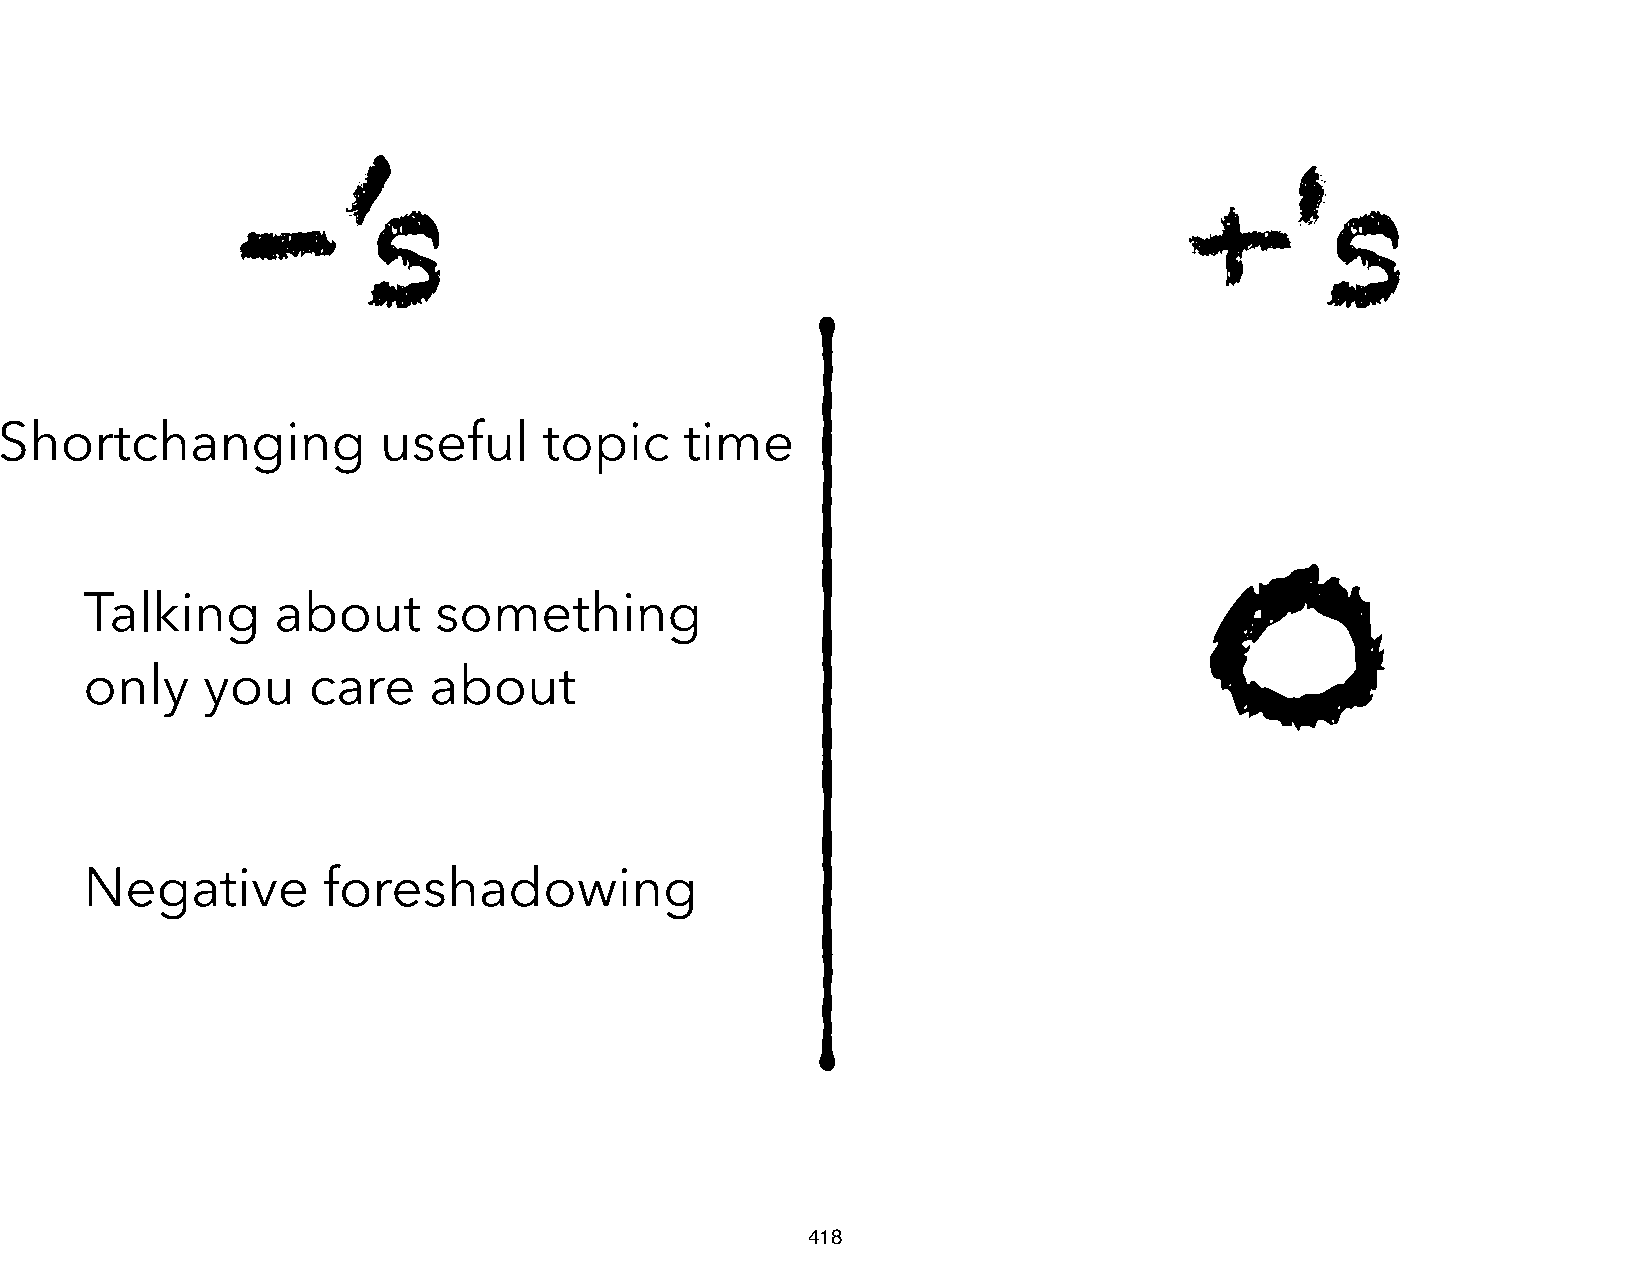
-’s                                                           +'s
 Shortchanging            useful     topic    time
 Talking     about      something
 0
 only   you    care    about
 Negative       foreshadowing
 418